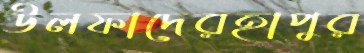
উলফাদেরহাপুর